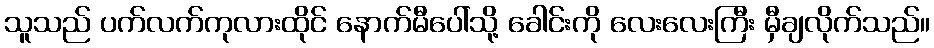
သူသည် ပက်လက်ကုလားထိုင် နောက်မီပေါ်သို့ ခေါင်းကို လေးလေးကြီး မှီချလိုက်သည်။